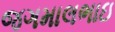
જગમાલભાઇ